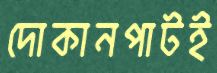
দোকানপাটই